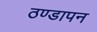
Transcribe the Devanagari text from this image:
ठण्‍डापन